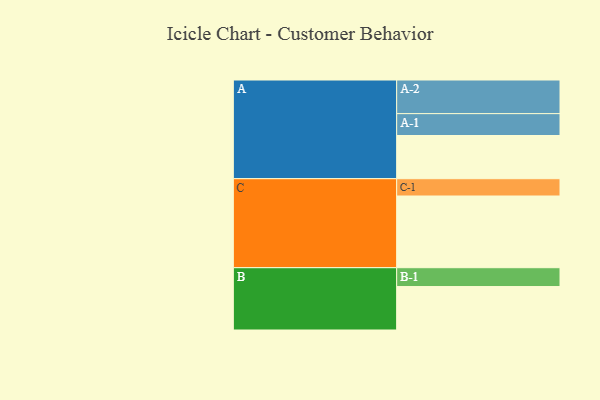
{"axis": {"x": "Segment", "y": "Value"}, "legend": ["", "A", "B", "C"], "data": [{"x": "A", "y": 312, "type": ""}, {"x": "B", "y": 314, "type": ""}, {"x": "C", "y": 518, "type": ""}, {"x": "A-1", "y": 158, "type": "A"}, {"x": "A-2", "y": 243, "type": "A"}, {"x": "B-1", "y": 136, "type": "B"}, {"x": "C-1", "y": 125, "type": "C"}]}